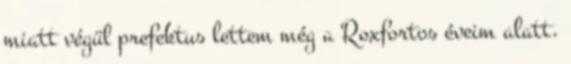
miatt végül prefektus lettem még a Roxfortos éveim alatt.